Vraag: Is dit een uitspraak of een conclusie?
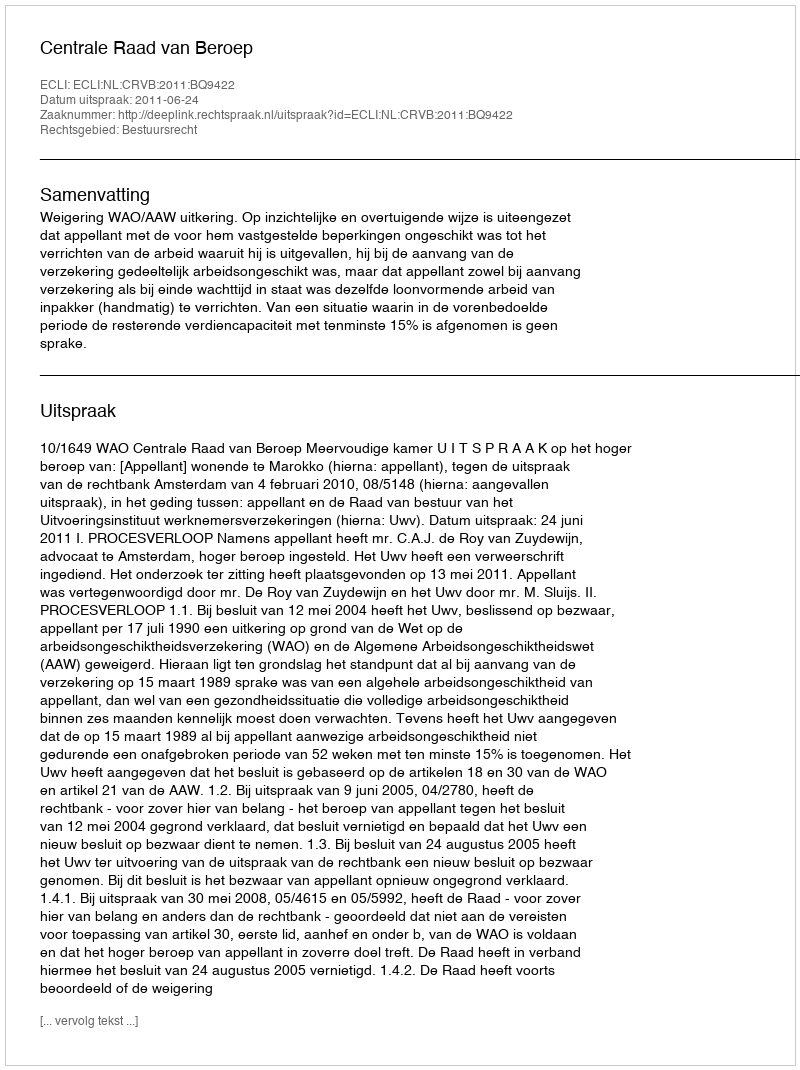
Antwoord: Uitspraak